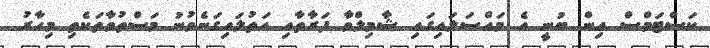
ކަސްޓަމްސް އިން ބުނީ އެ މައްސަލައިގައި ޝާމިލްވާ ފަރާތާއި އަތުލައިގަނެވުނު މަސްތުވާތަކެތި މިހާރު